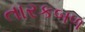
તારકબળ